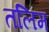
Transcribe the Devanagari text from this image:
तलिम